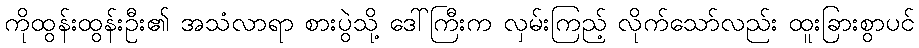
ကိုထွန်းထွန်းဦး၏ အသံလာရာ စားပွဲသို့ ဒေါ်ကြီးက လှမ်းကြည့် လိုက်သော်လည်း ထူးခြားစွာပင်